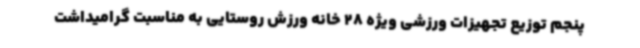
پنجم توزیع تجهیزات ورزشی ویژه 28 خانه ورزش روستایی به مناسبت گرامیداشت